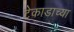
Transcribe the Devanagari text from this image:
टेकाडाच्या